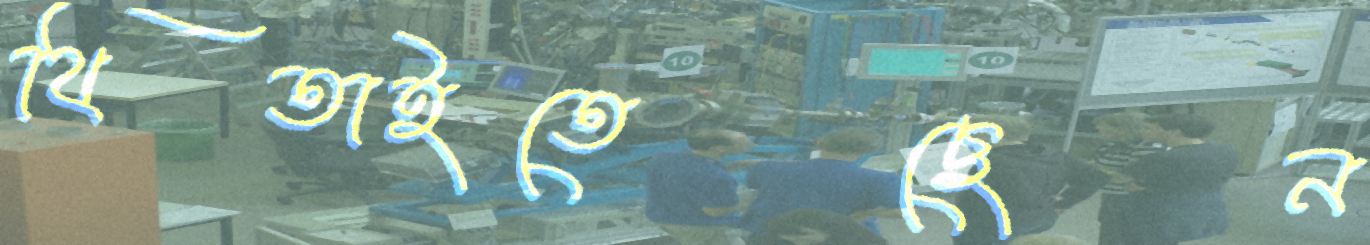
থিতাইতেছেন